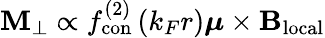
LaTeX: \mathbf{M}_{\perp}\propto f_{\mathrm{con}}^{(2)}\left(k_{F}r\right)\boldsymbol{\mu}\times\mathbf{B_{\mathrm{local}}}